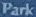
Park